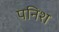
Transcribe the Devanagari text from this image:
पनिश